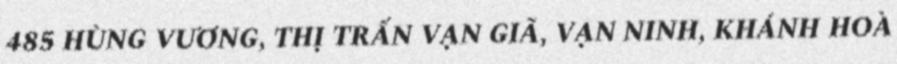
485 HÙNG VƯƠNG, THỊ TRẤN VẠN GIÃ, VẠN NINH, KHÁNH HOÀ